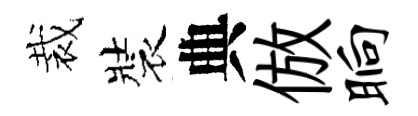
裁裝典倣晌